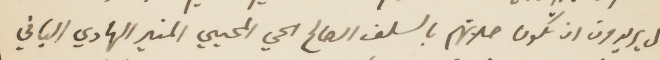
بل يريدون ان تكون صلاتهم بالسلف الصالح الحي المحيي المنير الهادي الباني